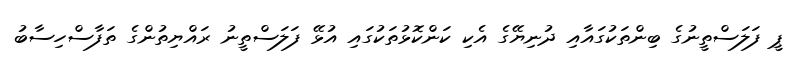
ޕީ ފަލަސްތީނުގެ ބިންތަކުގައާއި ދުނިޔޭގެ އެކި ކަންކޮޅުތަކުގައި އުޅޭ ފަލަސްތީނު ރައްޔިތުންގެ ތަފާސްހިސާބު